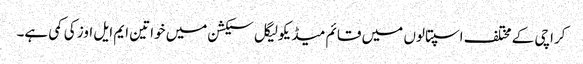
کراچی کے مختلف اسپتالوں میں قائم میڈیکولیگل سیکشن میں خواتین ایم ایل اوز کی کمی ہے۔